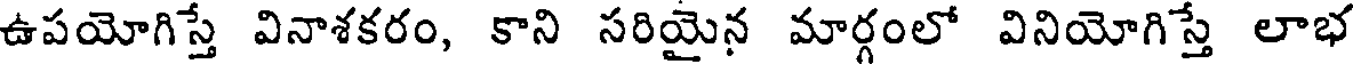
ఉపయోగిస్తే వినాశకరం, కాని సరియైన మార్గంలో వినియోగిస్తే లాభ